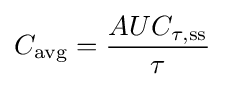
C_{\text{avg}}={\frac {AUC_{\tau ,{\text{ss}}}}{\tau }}